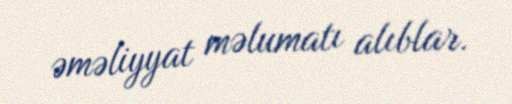
əməliyyat məlumatı alıblar.